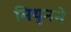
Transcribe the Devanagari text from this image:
मिथुनने